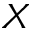
X